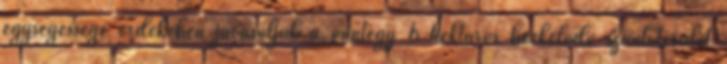
egységessége érdekében javasoljuk a mintegy 6 hektáros beékelődő szántóterület